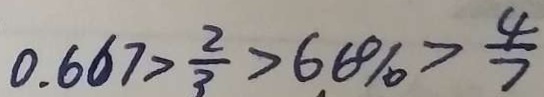
0 . 6 6 7 > \frac { 2 } { 3 } > 6 . 6 \% > \frac { 4 } { 7 }